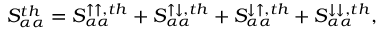
{ S _ { \alpha \alpha } ^ { t h } = S _ { \alpha \alpha } ^ { \uparrow \uparrow , t h } + S _ { \alpha \alpha } ^ { \uparrow \downarrow , t h } + S _ { \alpha \alpha } ^ { \downarrow \uparrow , t h } + S _ { \alpha \alpha } ^ { \downarrow \downarrow , t h } } ,